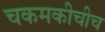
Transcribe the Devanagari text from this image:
चकमकीचीच